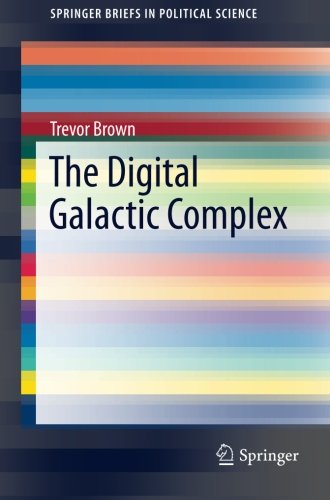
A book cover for The Digital Galactic Complex (SpringerBriefs in Political Science); Trevor Brown; Business & Money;